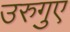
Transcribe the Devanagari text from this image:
उरुगुए